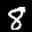
Digit: 8